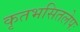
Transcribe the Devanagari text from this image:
कृतभसितलेपः